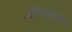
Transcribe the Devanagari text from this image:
जीणोध्दार